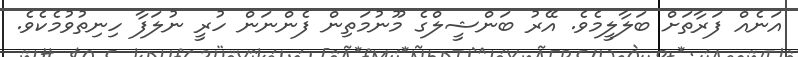
އަނެއް ފަރާތަށް ބަލާލީމެވެ. އޭރު ބަންޝީލްގެ މޫނުމަތިން ފެންނަން ހުރީ ނުލަފާ ހިނިތުވުމެކެވެ.